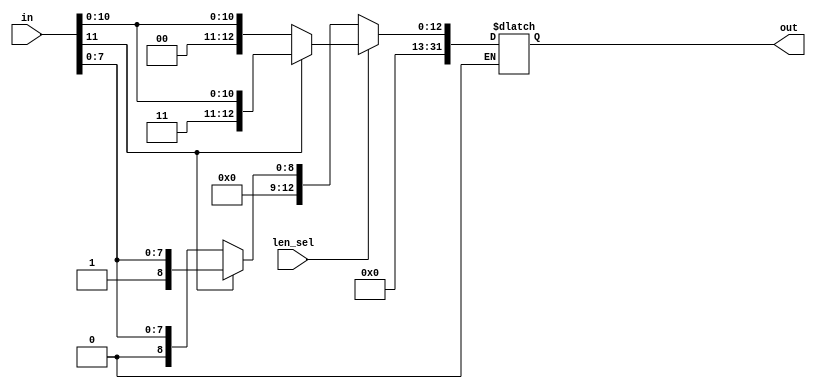
module extend(in,len_sel,out);
	input [11:0] in;
	input len_sel;
	output reg [31:0] out;
	
	always @ (*)
	begin
		if(len_sel==0)begin
			if(in[11]==0)begin
			out={24'b0, in[7:0]};			
			end
			else if(in[11]==1)begin
			out={24'b1, in[7:0]};
			end
		end
		else if(len_sel==1)begin
			if(in[11]==0)begin
			out={20'b0, in};			
			end
			else if(in[11]==1)begin
			out={20'b1, in};
			end
		end
	end
	
endmodule